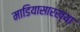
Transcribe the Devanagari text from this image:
माडियासारख्या